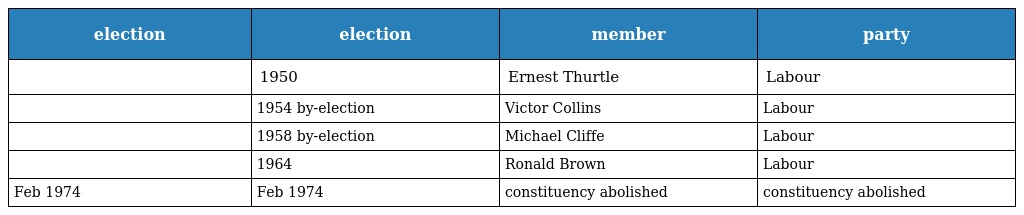
| election | election | member | party |
 | --- | --- | --- | --- |
 |  | 1950 | Ernest Thurtle | Labour |
 |  | 1954 by-election | Victor Collins | Labour |
 |  | 1958 by-election | Michael Cliffe | Labour |
 |  | 1964 | Ronald Brown | Labour |
 | Feb 1974 | Feb 1974 | constituency abolished | constituency abolished |